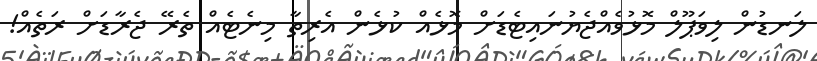
ލަނޑުން ލިވަޕޫލް މޮޅުވެއްޖެޔުނައިޓެޑަށް މޮޅެއް ކުޅެން އެރިތާ މިނެޓެއް ތެރޭ ޖެރާޑަށް ރަތެއް!